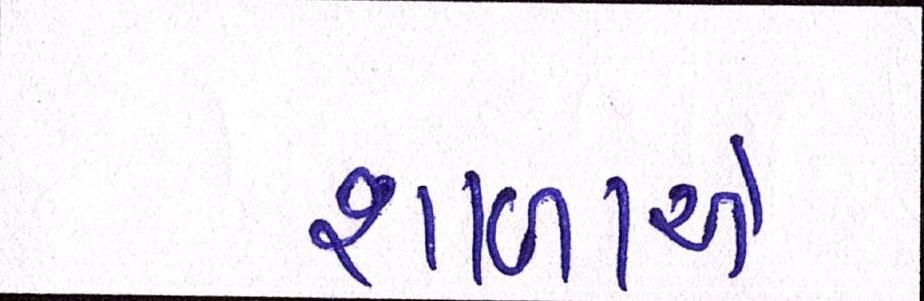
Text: શાળાઓ